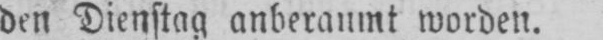
den Dienstag anberaumt worden.